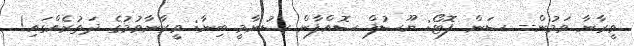
ވީރާނާ ވަމުން-- ސަން ފޮޓޯ: ޔޫސުފް ސޮއްފާން ސުނާމީ ބިނާ: ވީރާނާވުމުގެ ދަތުރެއްގައި!